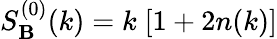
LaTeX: S_{\mathbf{B}}^{(0)}(k)=k\; [1+2n(k)]